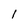
Character: l